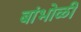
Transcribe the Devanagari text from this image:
बांभोळी